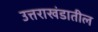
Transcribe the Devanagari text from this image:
उत्तराखंडातील